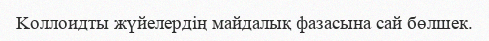
Kоллоидты жүйелердің майдалық фазасына сай бөлшек.